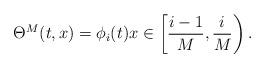
LaTeX: \begin{align*} \Theta^M(t,x) = \phi_i(t)x\in \left[\frac{i-1}M, \frac iM\right).\end{align*}